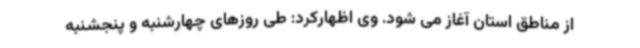
از مناطق استان آغاز می شود. وی اظهارکرد: طی روزهای چهارشنبه و پنجشنبه